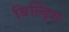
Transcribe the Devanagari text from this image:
बिल्ड़िंग